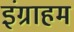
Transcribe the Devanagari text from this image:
इंग्राहम